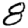
Digit: 8